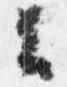
云